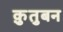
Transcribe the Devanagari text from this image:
क़ुतुबन